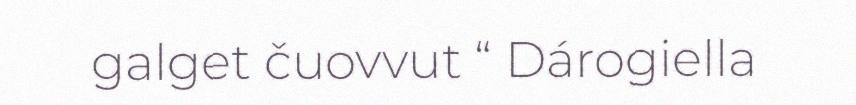
galget čuovvut “ Dárogiella